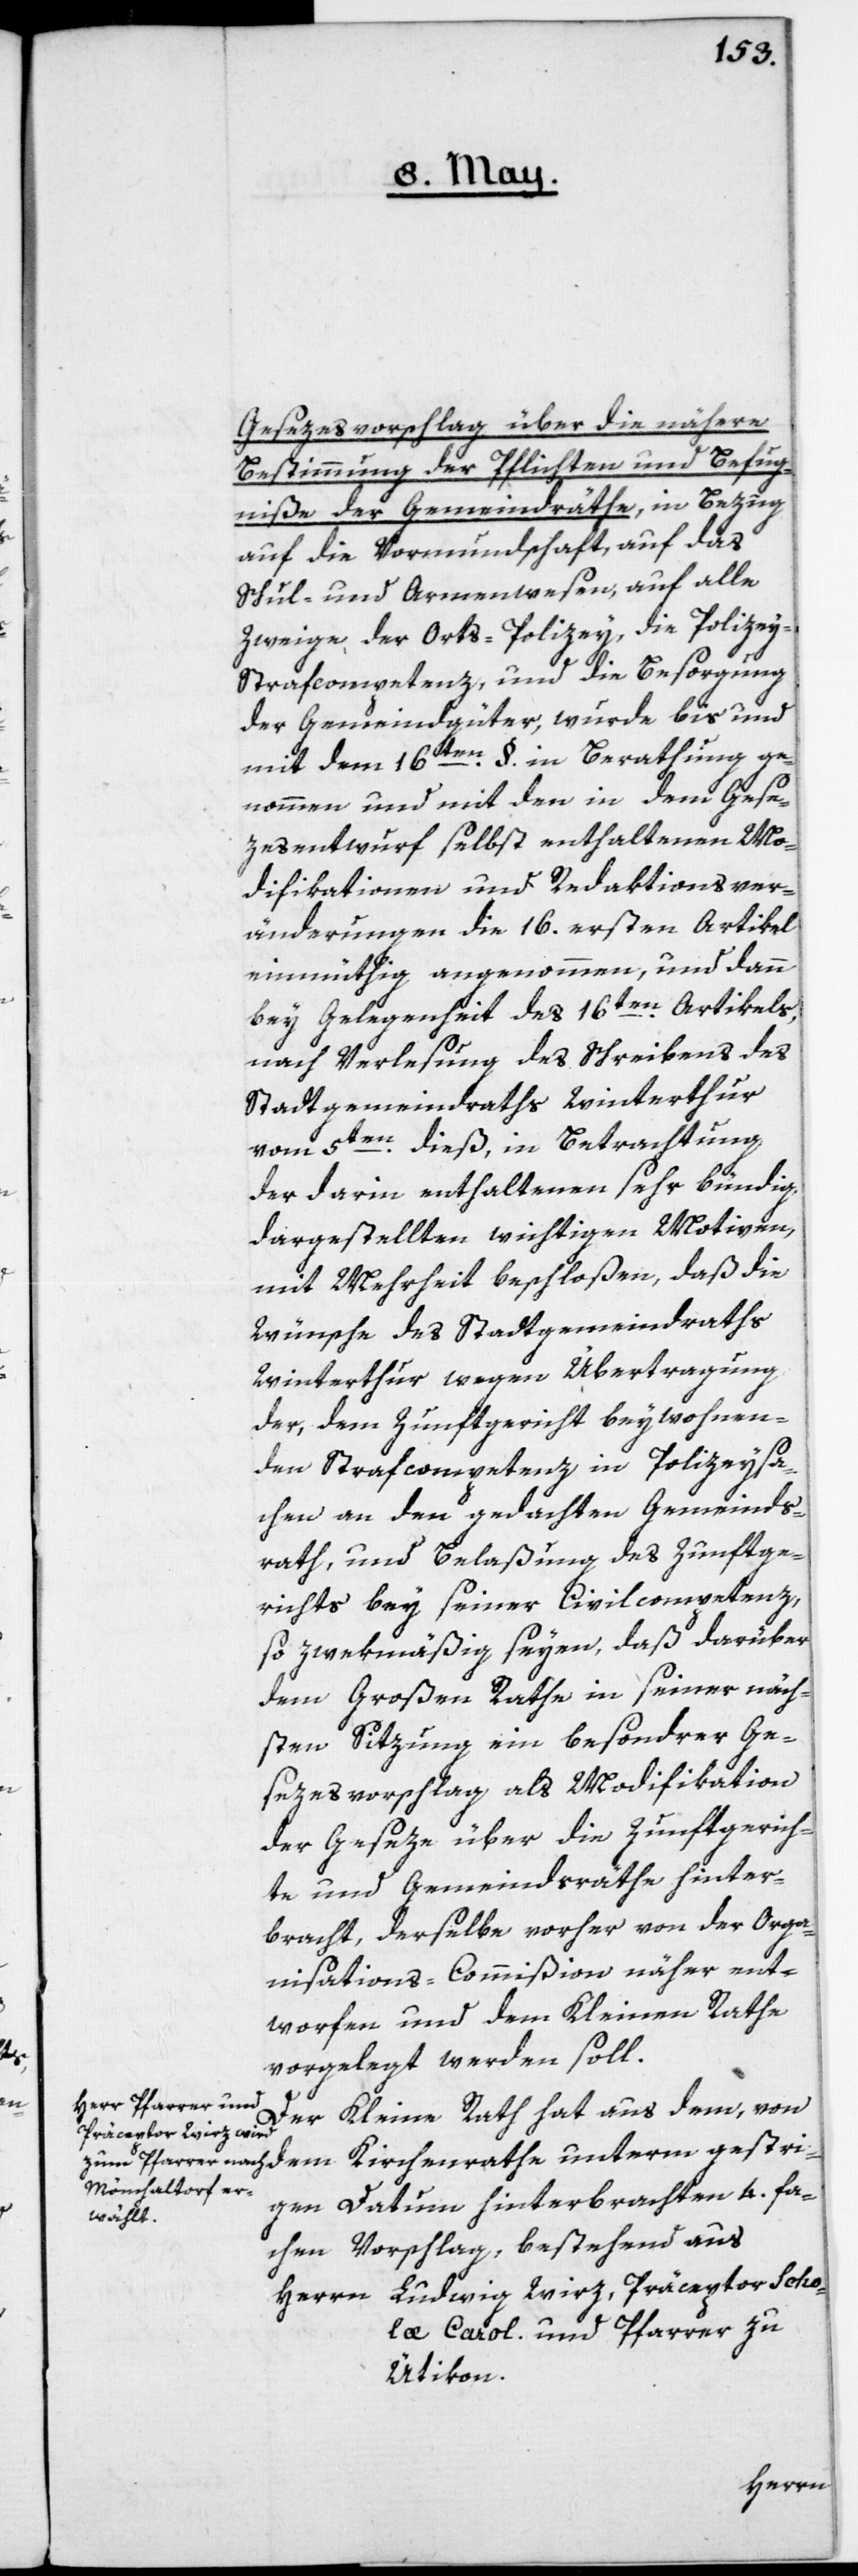
Gesezesvorschlag über die nähern
Bestimmung der Pflichten und Befug¬
niße der Gemeindräthe, in Bezug
auf die Vormundschaft, auf das
Schul- und Armenwesen, auf alle
Zweige der Orts-Polizey, die Polizey-S¬
trafcompetenz und die Besorgung
der Gemeindgüter, wurde bis und
mit dem 16ten §. in Berathung ge¬
nommen und mit den in dem Gese¬
zesentwurf selbst enthaltenen Mo¬
difikationen und Redaktionsver¬
änderungen die 16. ersten Artikel
einmüthig angenommen, und dann
bey Gelegenheit des 16ten Artikels,
nach Verlesung des Schreibens des
Stadtgemeindraths Winterthur
vom 5ten dieß, in Betrachtung
der darin enthaltenen, sehr bündig
dargestellten wichtigen Motiven,
mit Mehrheit beschloßen, daß die
Wünsche des Stadtgemeindraths
Winterthur wegen Übertragung
der, dem Zunftgericht beywohnen¬
den Strafcompetenz in Polizeysa¬
chen an den gedachten Gemeinds¬
rath, und Belaßung des Zunftge¬
richts bey seiner Civilcompetenz,
so zwekmäßig seyen, daß darüber
dem Großen Rathe in seiner näch¬
sten Sitzung ein besonderer Ge¬
sezesvorschlag als Modifikation
der Geseze über die Zunftgerich¬
te und Gemeindräthe hinter¬
bracht, derselbe vorher von der Orga¬
nisations-Commißion näher ent¬
worfen und dem Kleinen Rathe
vorgelegt werden soll.
Der Kleine Rath hat aus dem, von
Präceptor Scho¬
gen Datum hinterbrachten 4.fa¬
chen Vorschlag, bestehend aus
læ Carol. und Pfarrer zu
Ütikon.
Herrn